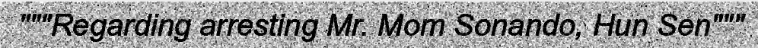
"""Regarding arresting Mr. Mom Sonando, Hun Sen"""